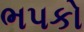
ભપકો